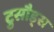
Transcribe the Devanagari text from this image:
टुसौड्स